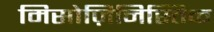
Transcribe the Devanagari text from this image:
मिसोज़िनिस्तिक